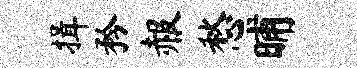
揖矜赧愁晡